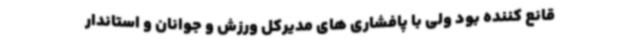
قانع کننده بود ولی با پافشاری های مدیرکل ورزش و جوانان و استاندار